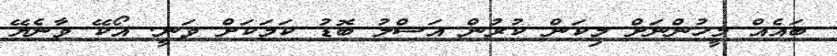
ބައެއް މީހުންނަށް މިކަން ކުރުން އަސްލު ބޮޑު ކަމަކަށް ވަނީ. އޯކޭ ވާނެޔޭ